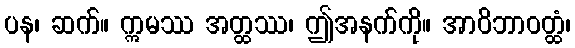
ပန၊ ဆက်။ ဣမဿ အတ္ထဿ၊ ဤအနက်ကို။ အာဝိဘာဝတ္ထံ၊